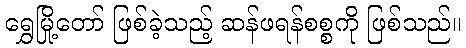
ရွှေမြို့တော် ဖြစ်ခဲ့သည့် ဆန်ဖရန်စစ္စကို ဖြစ်သည်။